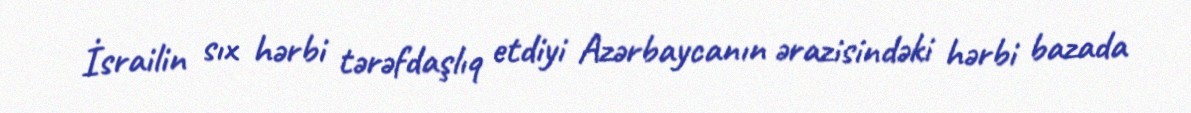
İsrailin sıx hərbi tərəfdaşlıq etdiyi Azərbaycanın ərazisindəki hərbi bazada